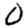
Digit: 0